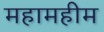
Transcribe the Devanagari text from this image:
महामहीम